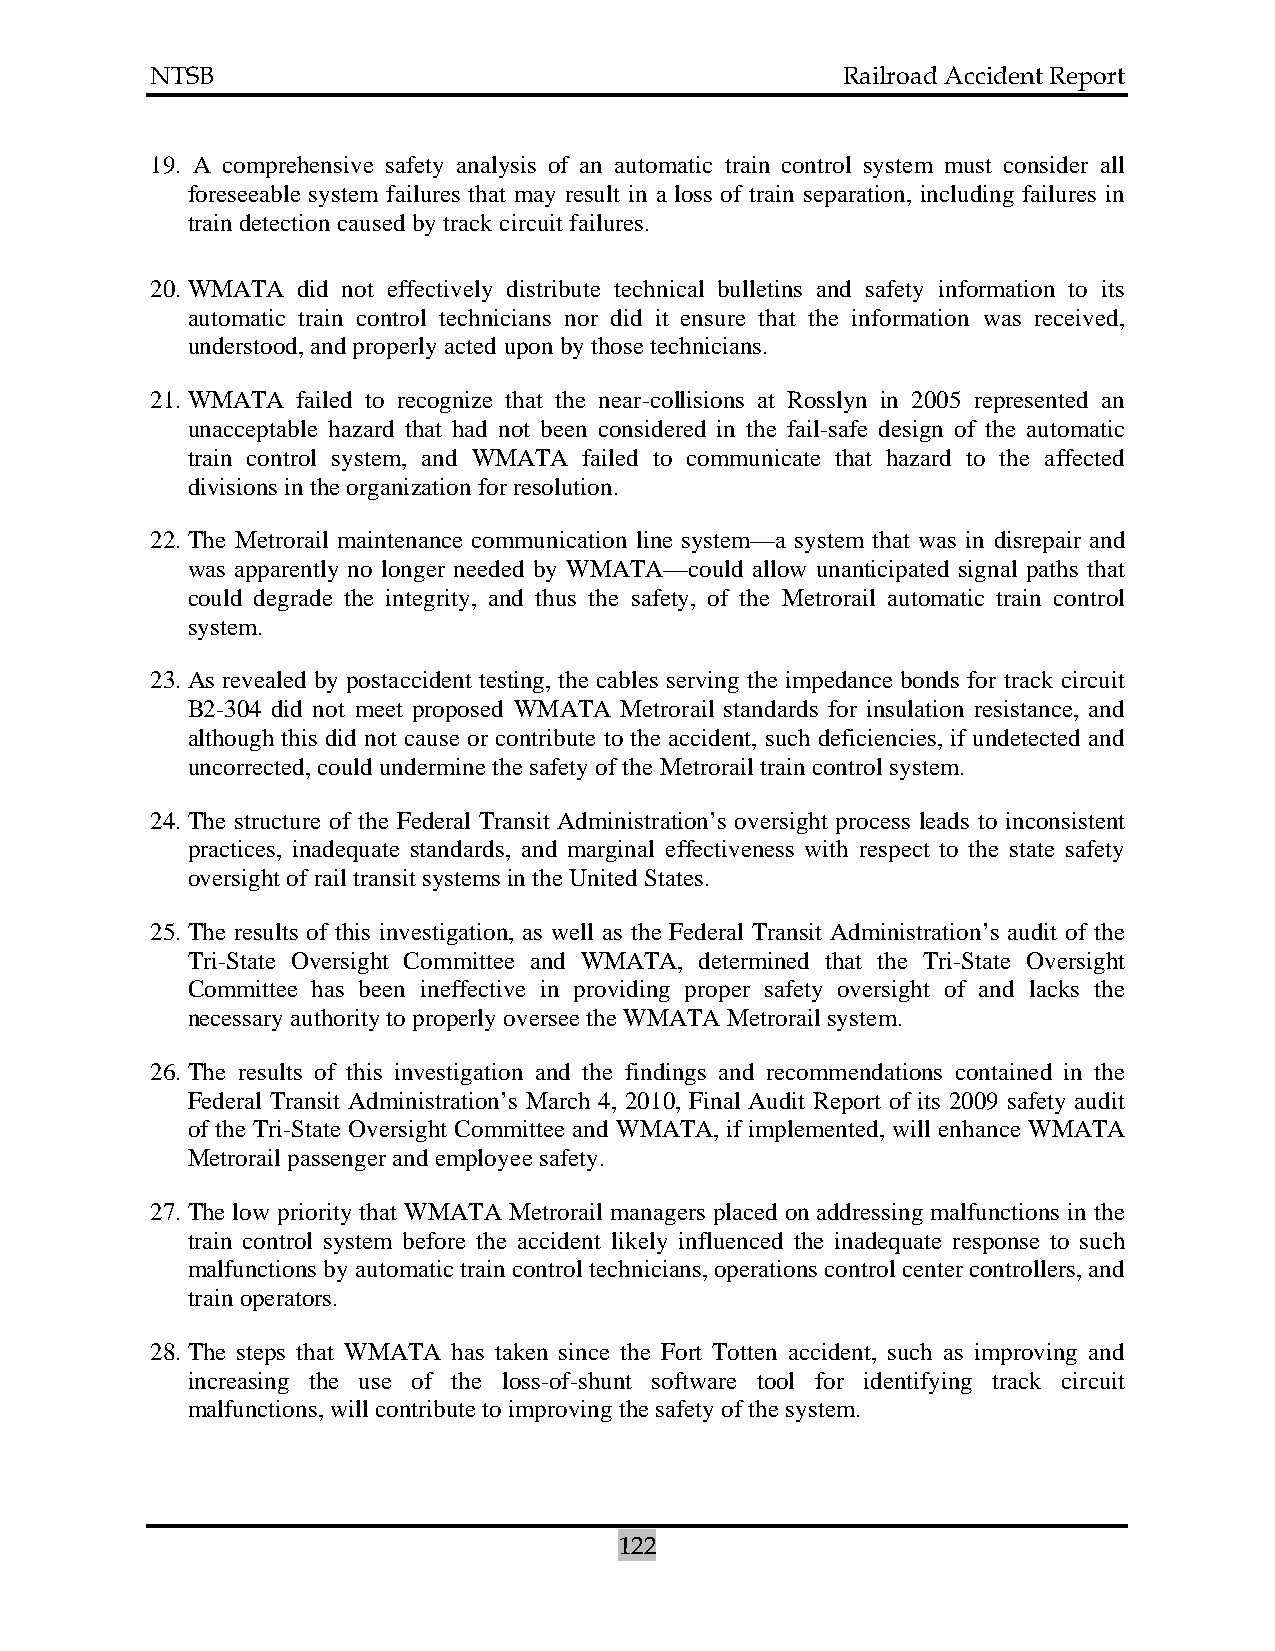
NTSB                                          Railroad Accident Report
 19. A comprehensive safety analysis of an automatic train control system must consider all
 foreseeable system failures that may result in a loss of train separation, including failures in
 train detection caused by track circuit failures.
 20. WMATA did not effectively distribute technical bulletins and safety information to its
 automatic train control technicians nor did it ensure that the information was received,
 understood, and properly acted upon by those technicians.
 21. WMATA failed to recognize that the near-collisions at Rosslyn in 2005 represented an
 unacceptable hazard that had not been considered in the fail-safe design of the automatic
 train control system, and WMATA failed to communicate that hazard to the affected
 divisions in the organization for resolution.
 22. The Metrorail maintenance communication line system—a system that was in disrepair and
 was apparently no longer needed by WMATA—could allow unanticipated signal paths that
 could degrade the integrity, and thus the safety, of the Metrorail automatic train control
 system.
 23. As revealed by postaccident testing, the cables serving the impedance bonds for track circuit
 B2-304 did not meet proposed WMATA Metrorail standards for insulation resistance, and
 although this did not cause or contribute to the accident, such deficiencies, if undetected and
 uncorrected, could undermine the safety of the Metrorail train control system.
 24. The structure of the Federal Transit Administration’s oversight process leads to inconsistent
 practices, inadequate standards, and marginal effectiveness with respect to the state safety
 oversight of rail transit systems in the United States.
 25. The results of this investigation, as well as the Federal Transit Administration’s audit of the
 Tri-State Oversight Committee and WMATA, determined that the Tri-State Oversight
 Committee has been ineffective in providing proper safety oversight of and lacks the
 necessary authority to properly oversee the WMATA Metrorail system.
 26. The results of this investigation and the findings and recommendations contained in the
 Federal Transit Administration’s March 4, 2010, Final Audit Report of its 2009 safety audit
 of the Tri-State Oversight Committee and WMATA, if implemented, will enhance WMATA
 Metrorail passenger and employee safety.
 27. The low priority that WMATA Metrorail managers placed on addressing malfunctions in the
 train control system before the accident likely influenced the inadequate response to such
 malfunctions by automatic train control technicians, operations control center controllers, and
 train operators.
 28. The steps that WMATA has taken since the Fort Totten accident, such as improving and
 increasing the use of the loss-of-shunt software tool for identifying track circuit
 malfunctions, will contribute to improving the safety of the system.
 122